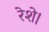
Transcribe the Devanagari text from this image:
रेशे।